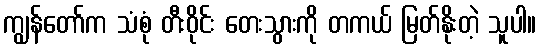
ကျွန်တော်က သံစုံ တီးဝိုင်း တေးသွားကို တကယ် မြတ်နိုးတဲ့ သူပါ။